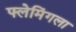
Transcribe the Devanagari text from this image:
फ्लेमिंगला